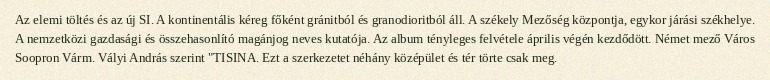
Az elemi töltés és az új SI. A kontinentális kéreg főként gránitból és granodioritból áll. A székely Mezőség központja, egykor járási székhelye. A nemzetközi gazdasági és összehasonlító magánjog neves kutatója. Az album tényleges felvétele április végén kezdődött. Német mező Város Soopron Várm. Vályi András szerint "TISINA. Ezt a szerkezetet néhány középület és tér törte csak meg.